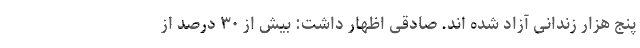
پنج هزار زندانی آزاد شده اند. صادقی اظهار داشت: بیش از ٣٠ درصد از